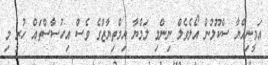
އަމީނިއްޔާ ސްކޫލުން އޯލެވެލް ނިންމި ލަމްޔާ އިމްތިޔާޒްގެ ވެސް އިހުސާސްތައް ހުރީ މި